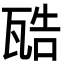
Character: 𤭚